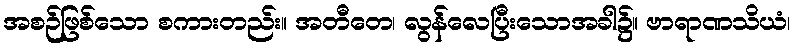
အစဉ်ဖြစ်သော စကားတည်း။ အတီတေ၊ လွန်လေပြီးသောအခါ၌။ ဗာရာဏသိယံ၊